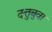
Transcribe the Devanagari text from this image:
दत्तुबुवा